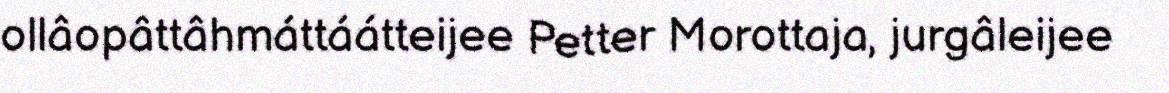
ollâopâttâhmáttáátteijee Petter Morottaja, jurgâleijee